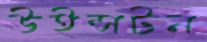
উইন্সটন